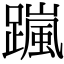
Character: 𨅏